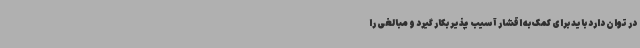
در توان دارد باید برای کمک به اقشار آسیب پذیر بکار گیرد و مبالغی را